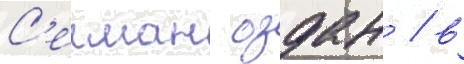
С'елман оздан / в